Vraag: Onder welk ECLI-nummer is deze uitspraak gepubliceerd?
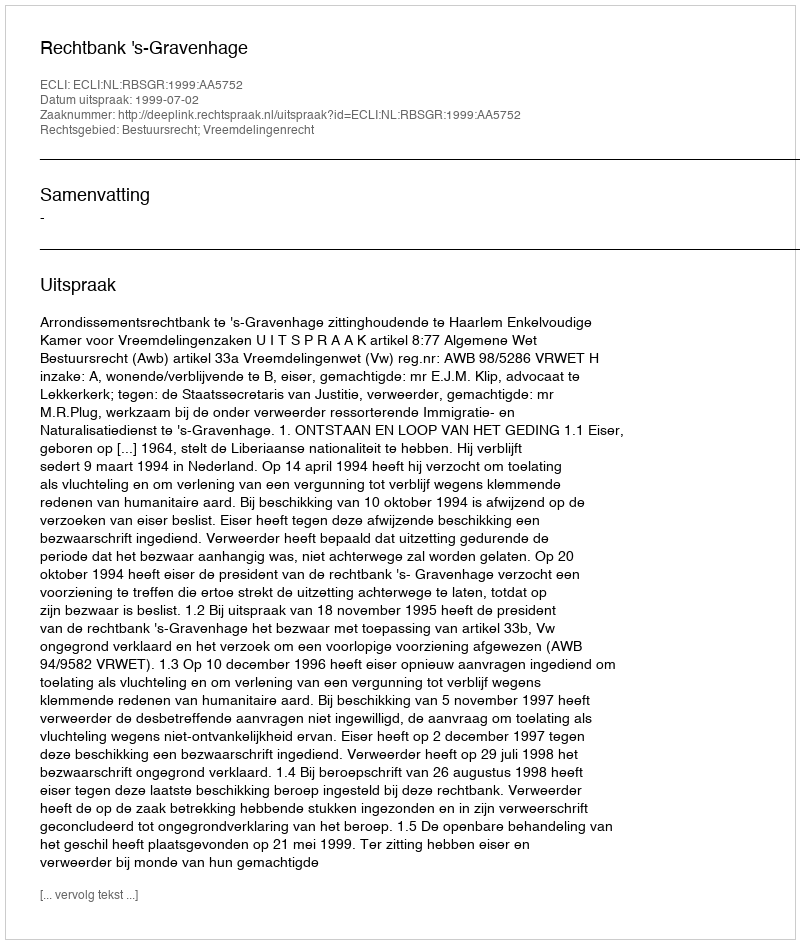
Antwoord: ECLI:NL:RBSGR:1999:AA5752